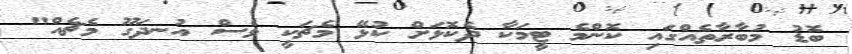
ބޮޑު މުބާރާތެއްގައި ކޮންމެ ޓީމަކާ ދެކޮޅަށް ކުޅޭ މެޗަކީ ވެސް އުނދަގޫ މެޗެއް"